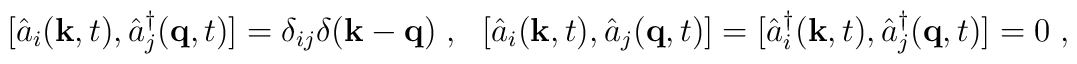
[\hat{a}_i({\bf k},t),\hat{a}_j^\dag({\bf q},t)]=\delta_{ij}\delta({\bf k}-{\bf q})\;,~~[\hat{a}_i({\bf k},t),\hat{a}_j({\bf q},t)]=[\hat{a}_i^\dag({\bf k},t),\hat{a}_j^\dag({\bf q},t)]=0\;,